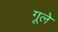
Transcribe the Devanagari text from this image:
गूले